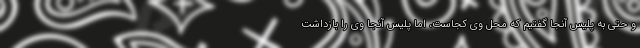
و حتی به پلیس آنجا گفتیم که محل وی کجاست، اما پلیس آنجا وی را بازداشت